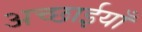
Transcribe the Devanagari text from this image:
अच्छाईयाँ